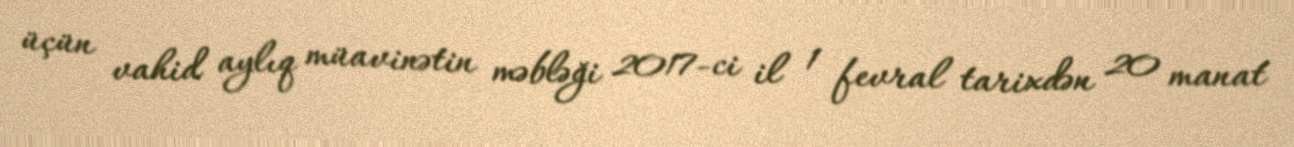
üçün vahid aylıq müavinətin məbləği 2017-ci il 1 fevral tarixdən 20 manat